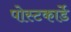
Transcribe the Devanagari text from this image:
पोस्टकार्डे